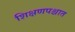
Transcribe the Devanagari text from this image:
शिक्षणपश्चात